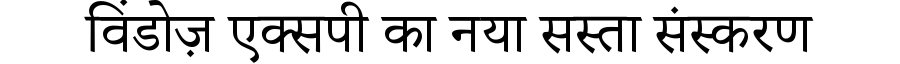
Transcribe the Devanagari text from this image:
विंडोज़ एक्सपी का नया सस्ता संस्करण